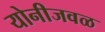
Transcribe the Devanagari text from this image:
योनीजवळ